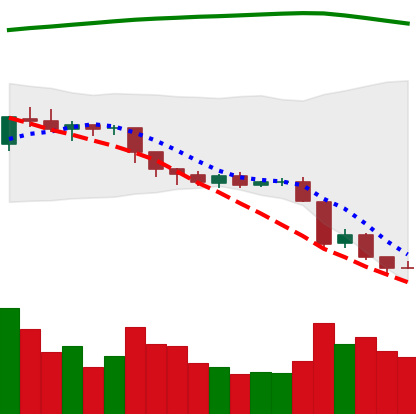
Ticker: EOS-USD
Chart end date: 2018-08-12
Forward return: 9.808%
Label: up_7plus